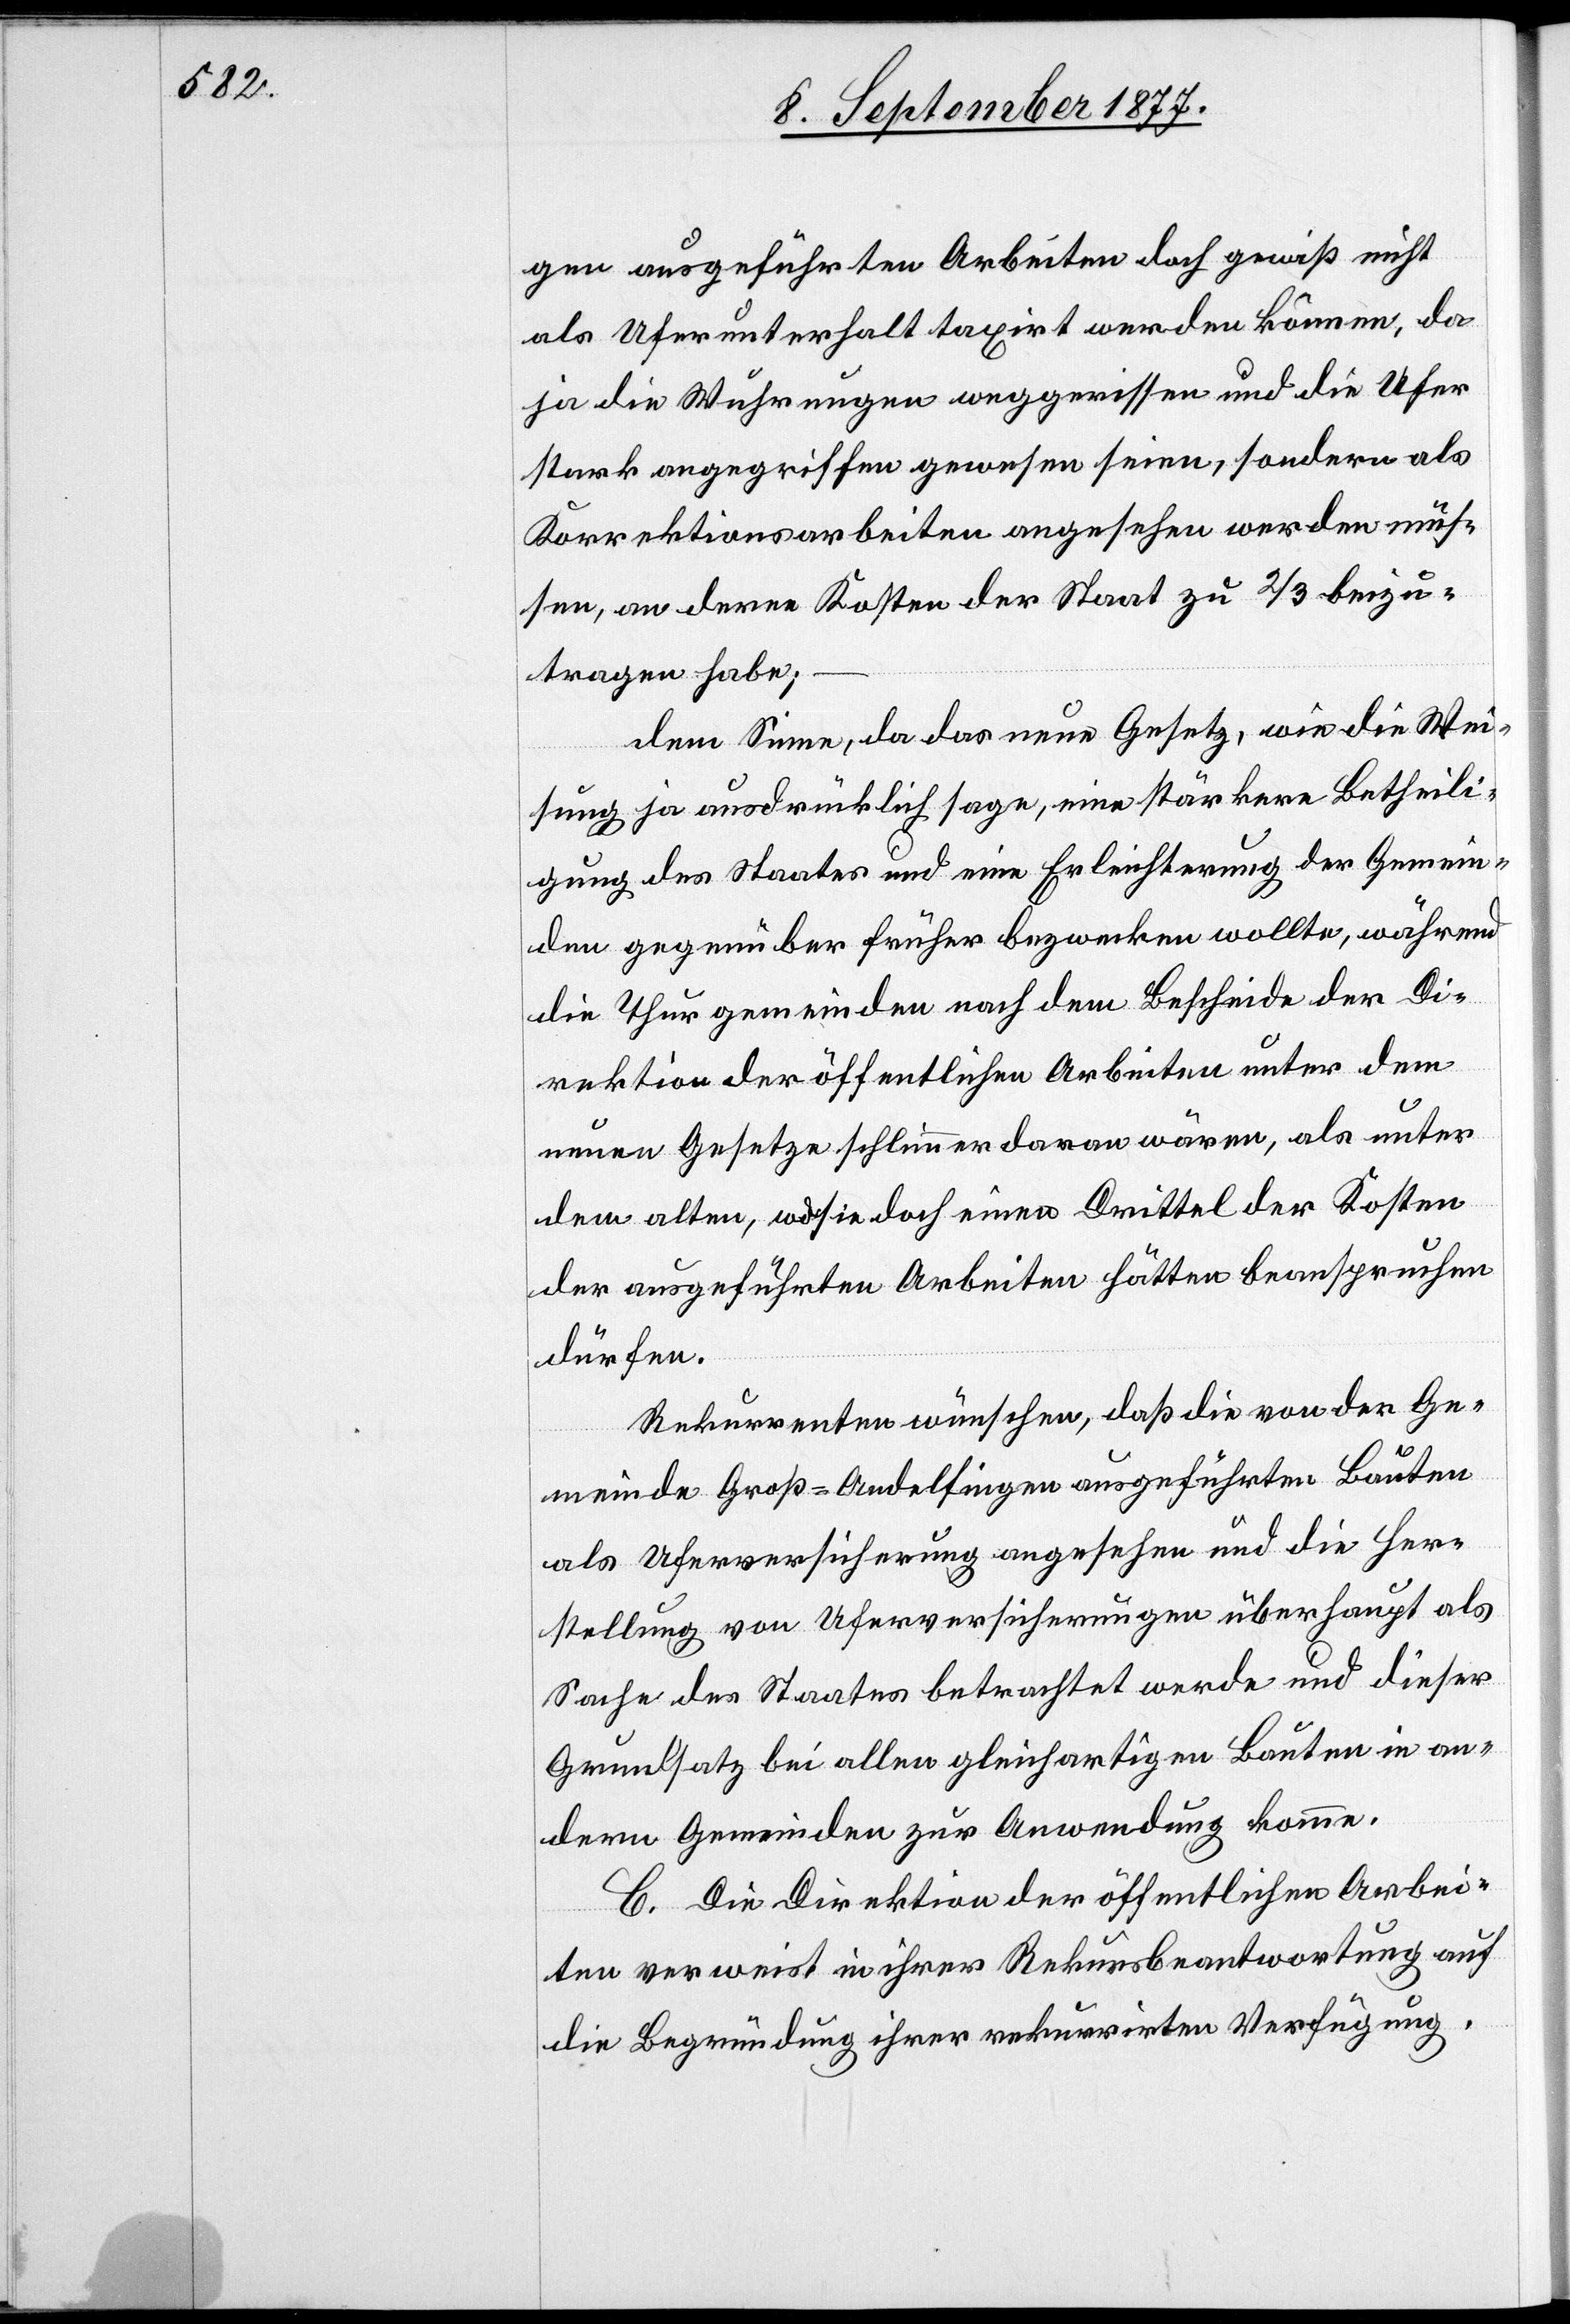
gen ausgeführten Arbeiten doch gewiß nicht
als Uferunterhalt taxirt werden können, da
ja die Wuhrungen weggerissen und die Ufer
stark angegriffen gewesen seien, sondern als
Korrektionsarbeiten angesehen werden müs¬
sen, an deren Kosten der Staat zu 2/3 beizu¬
tragen habe;
dem Sinne, da das neue Gesetz, wie die Wei¬
sung ja ausdrücklich sage, eine stärkere Betheili¬
gung des Staates und eine Erleichterung der Gemein¬
den gegenüber früher bezwecken wollte, während
die Thurgemeinden nach dem Bescheide der Di¬
rektion der öffentlichen Arbeiten unter dem
neuen Gesetze schlimmer daran wären, als unter
dem alten, wo sie doch einen Drittel der Kosten
der ausgeführten Arbeiten hätten beanspruchen
dürfen.
Rekurrenten wünschen, daß die von der Ge¬
meinde Groß-Andelfingen ausgeführten Bauten
als Uferversicherung angesehen und die Her¬
stellung von Uferversicherungen überhaupt als
Sache des Staates betrachtet werde und dieser
Grundsatz bei allen gleichartigen Bauten in an¬
dern Gemeinden zur Anwendung komme.
C. Die Direktion der öffentlichen Arbei¬
ten verweist in ihrer Rekursbeantwortung auf
die Begründung ihrer rekurrirten Verfügung.